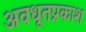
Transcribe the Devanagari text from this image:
अवधूतप्रकाश